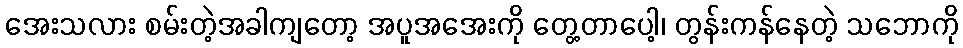
အေးသလား စမ်းတဲ့အခါကျတော့ အပူအအေးကို တွေ့တာပေါ့၊ တွန်းကန်နေတဲ့ သဘောကို